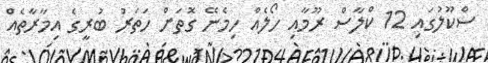
ސްކޫލުގައި 12 ކްލާސް ރޫމާއި ހޯލެއް ހިމެނޭ ގޮތަށް ހަތަރު ބުރީގެ އިމާރާތެއް